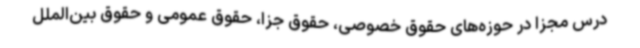
درس مجزا در حوزه‌های حقوق خصوصی، حقوق جزا، حقوق عمومی و حقوق بین‌الملل